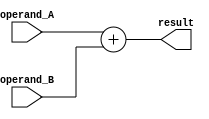
module QuadPrecisionFloatingPointUnit (
    input wire [127:0] operand_A,
    input wire [127:0] operand_B,
    output reg [127:0] result
);

    // Adder implementation for Quadruple precision floating point numbers
    always @ (*) begin
        result = operand_A + operand_B;
    end

endmodule